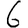
Digit: 6